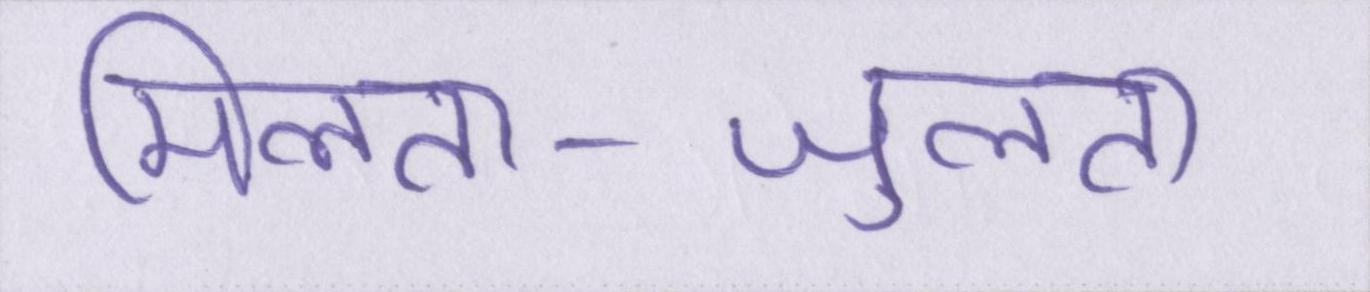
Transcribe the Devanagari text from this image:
मिलता-जुलता